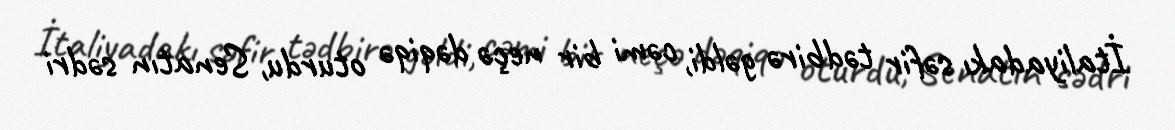
İtaliyadakı səfir tədbirə gəldi, cəmi bir neçə dəqiqə oturdu, Senatın sədri